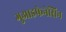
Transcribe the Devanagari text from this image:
गुआइफेनेसिन